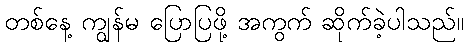
တစ်နေ့ ကျွန်မ ပြောပြဖို့ အကွက် ဆိုက်ခဲ့ပါသည်။